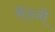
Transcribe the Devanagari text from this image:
रौडनी